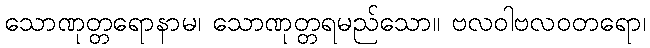
သောဏုတ္တရောနာမ၊ သောဏုတ္တရမည်သော။ ဗလဝါဗလဝတရော၊